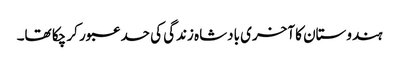
ہندوستان کا آخری بادشاہ زندگی کی حد عبور کر چکا تھا۔